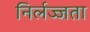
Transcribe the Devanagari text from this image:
निर्लज्जता